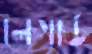
লেগার্ড